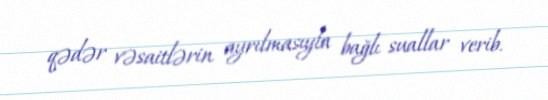
qədər vəsaitlərin ayrılmasıyla bağlı suallar verib.